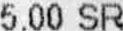
5.00 SR